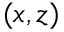
( x , z )